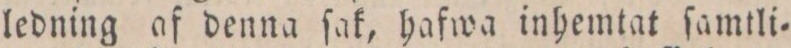
ledning af denna ſak, hafwa inhemtat ſamtli=